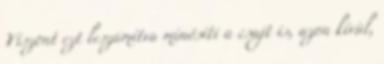
Viszont ezt leszámítva minősíti a csajt is, azon kívül,